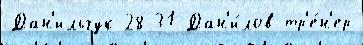
Дан'ильчук 28-31 Дан'и́лов тр'е́н'ер